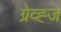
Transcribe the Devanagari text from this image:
ग्रेव्ह्ज